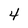
Character: 4